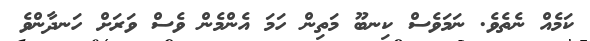
ކަމެއް ނެތެވެ. ނަމަވެސް ކިނބޫ މަތިން ހަމަ އެންމެން ވެސް ވަރަށް ހަނދާންވެ